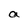
Character: a